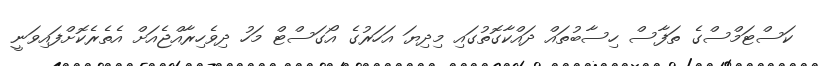
ކަސްޓަމްސްގެ ތަފާސް ހިސާބުތައް ދައްކާގޮތުގައި މިދިޔަ އަހަރުގެ އޯގަސްޓް މަހު ދިވެހިރާއްޖެއަށް އެތެރެކޮށްފައިވަނީ